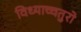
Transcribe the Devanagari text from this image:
विध्याच्चतुरो